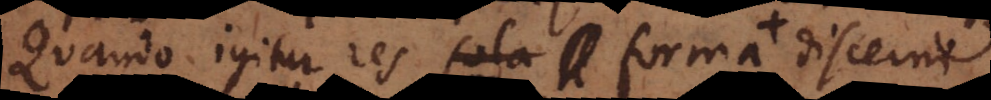
Quando igitur res sola forma vel